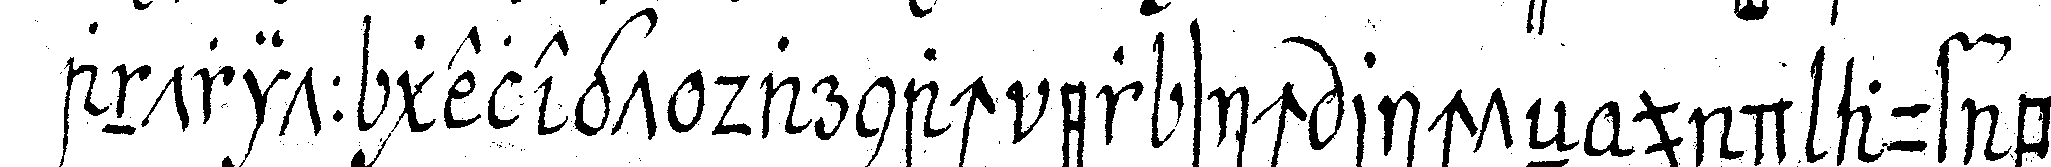
antritt gelegt darnach er sich richteN und auf be